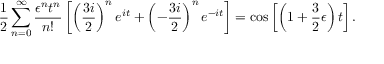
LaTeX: { \frac { 1 } { 2 } } \sum _ { n = 0 } ^ { \infty } { \frac { \epsilon ^ { n } t ^ { n } } { n ! } } \left[ \left( { \frac { 3 i } { 2 } } \right) ^ { n } e ^ { i t } + \left( - { \frac { 3 i } { 2 } } \right) ^ { n } e ^ { - i t } \right] = \cos \left[ \left( 1 + { \frac { 3 } { 2 } } \epsilon \right) t \right] .